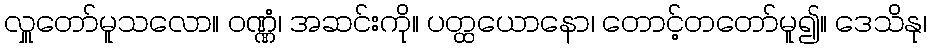
လှူတော်မူသလော။ ဝဏ္ဏံ၊ အဆင်းကို။ ပတ္ထယောနော၊ တောင့်တတော်မူ၍။ ဒေသိနု၊